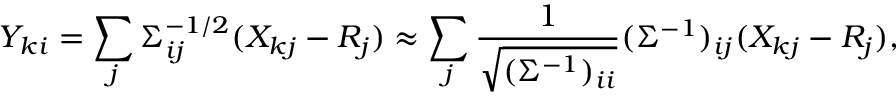
Y _ { k i } = \sum _ { j } \Sigma _ { i j } ^ { - 1 / 2 } ( X _ { k j } - R _ { j } ) \approx \sum _ { j } \frac { 1 } { \sqrt { ( \Sigma ^ { - 1 } ) _ { i i } } } ( \Sigma ^ { - 1 } ) _ { i j } ( X _ { k j } - R _ { j } ) ,